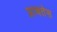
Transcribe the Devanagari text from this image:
प्राचतेस